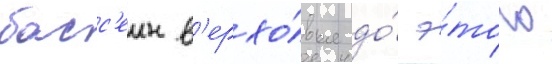
басс'еин в'ерхо́вья до́ э́того